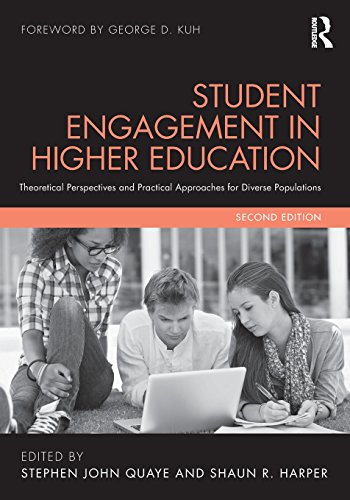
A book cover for Student Engagement in Higher Education: Theoretical Perspectives and Practical Approaches for Diverse Populations; Education & Teaching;